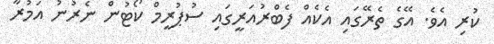
ކުރި އެވެ. އޭގެ ތެރޭގައި އެކެއް ފެބްރުއަރީގައި ސުޕުރީމް ކޯޓުން ނެރުނު އަމުރާ